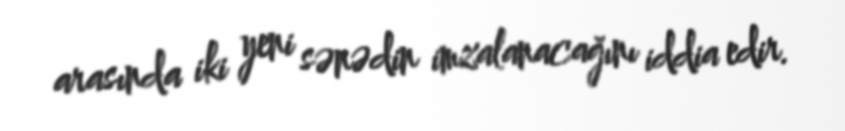
arasında iki yeni sənədin imzalanacağını iddia edir.